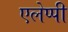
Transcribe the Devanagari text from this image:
एलेप्पी